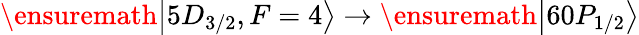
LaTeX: \ensuremath{\left\vert 5D_{3/2},F=4\right\rangle}\rightarrow\ensuremath{\left\vert 60P_{1/2}\right\rangle}